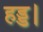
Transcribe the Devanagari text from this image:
हड्ड।